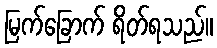
မြက်ခြောက် ရိတ်ရသည်။